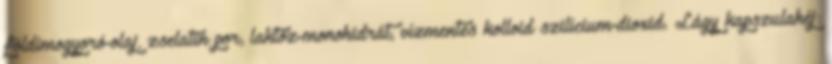
földimogyoró-olaj, zselatin por, laktóz-monohidrát, vízmentes kolloid szilícium-dioxid. Lágy kapszulahéj: